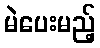
မဲပေးမည့်